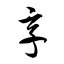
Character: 享